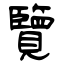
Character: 覽